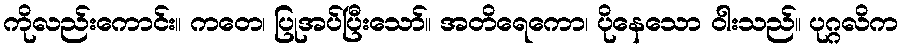
ကိုလည်းကောင်း။ ကတေ၊ ပြုအပ်ပြီးသော်။ အတိရေကော၊ ပိုနေသော ဝါးသည်။ ပုဂ္ဂလိက